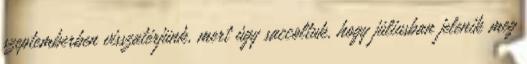
szeptemberben visszatérjünk, mert úgy saccoltuk, hogy júliusban jelenik meg